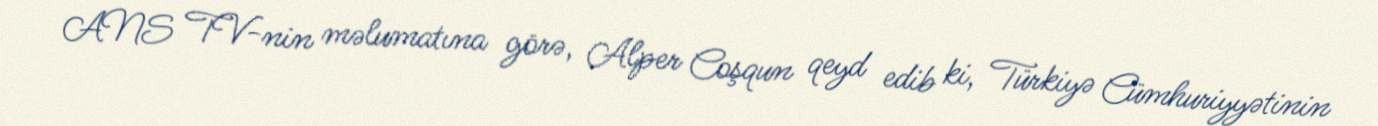
ANS TV-nin məlumatına görə, Alper Coşqun qeyd edib ki, Türkiyə Cümhuriyyətinin